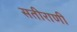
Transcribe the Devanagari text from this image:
सतीराणी